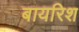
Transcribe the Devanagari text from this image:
बायरिश